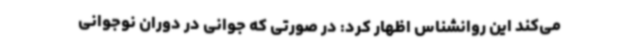
می‌کند این روانشناس اظهار کرد: در صورتی که جوانی در دوران نوجوانی